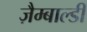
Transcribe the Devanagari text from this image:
ज़ैम्बाल्डी